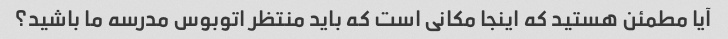
آیا مطمئن هستید که اینجا مکانی است که باید منتظر اتوبوس مدرسه ما باشید؟